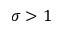
\sigma > 1